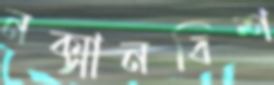
নক্সানবিশ